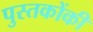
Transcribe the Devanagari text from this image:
पुस्‍तकोंकी